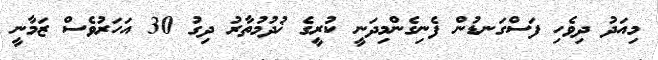
މިއަދު ދިވެހި ފަސްގަނޑުން ފެނިގެންމިދަނީ ކުރީގެ ޚުދުމުތާރު ދިގު 30 އަހަރުވެސް ޒަމާނީ